Civil Veterinary Department. Madras. Admin. report 1910-25 - 1910-1925
Year: 1910
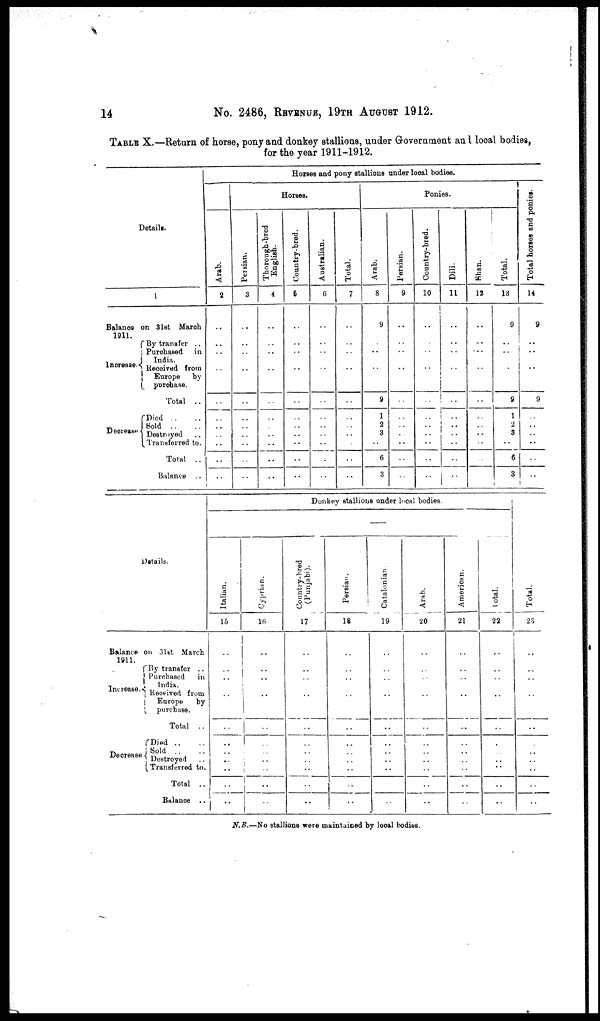
14
No. 2486, REVENUE, 19TH AUGUST 1912.
TABLE X.—Return of horse, pony and donkey stallions, under Government and local bodies,
for the year 1911-1912.
Details.
1
Balance on 3lst March
1911.
Increase.
By transfer ..
Purchased in
India.
Recieved from
Europe
by
purchase.
Total ..
Decrease
Died ..
Sold
..
Destroyed
..
Transferred to.
Total ..
Balance
Horses and pony stallions under local bodies.
Horses.
Arab.
2
..
..
..
..
..
..
..
..
..
..
..
..
Persian.
3
..
..
..
..
..
..
..
..
..
..
..
..
Thorough-bred
English.
4
..
..
..
..
..
..
..
..
..
..
..
..
Country-bred.
5
..
..
..
..
..
..
..
..
..
..
..
..
Australian.
6
..
..
..
..
..
..
..
..
..
..
..
..
Total.
7
..
..
..
..
..
..
..
..
..
..
..
..
Ponies.
Arab.
8
9
..
..
..
..
9
1
2
3
6
3
Persian.
9
..
..
..
..
..
..
..
..
..
..
..
Country-bred.
10
..
..
..
..
..
..
..
..
..
..
..
..
Dili.
11
..
..
..
..
..
..
..
..
..
..
..
Shan.
12
..
..
..
..
..
..
..
..
..
..
..
Total.
13
9
..
..
..
9
1
2
3
..
6
3
Total horses and ponies.
14
9
..
..
..
9
..
..
..
..
..
..
Details.
Balance on 31st March
1911.
Increase
By transfer ..
Purchased
in
India.
Received from
Europe by
purchase.
Total ..
Decrease
Died ..
Sold
..
Destroyed
Transferred to.
Total ..
Balance ..
Donkey stallions under local bodies.
—
Italian.
15
..
..
..
..
..
..
..
..
..
..
..
..
Cyprian.
16
..
..
..
..
..
..
..
..
..
..
..
Country-bred
(Punjabi).
17
..
..
..
..
..
..
..
..
..
..
..
Persian.
18
..
..
..
..
..
..
..
..
..
..
..
Catalonian.
19
..
..
..
..
..
..
..
..
..
..
..
Arab.
20
..
..
..
..
..
..
..
..
..
..
..
American.
21
..
..
..
..
..
..
..
..
..
..
..
Total.
22
..
..
..
..
..
..
..
..
..
..
..
Tot al .
23
..
..
..
..
..
..
..
..
..
..
..
N.B.—No stallions were maintained by local bodies.